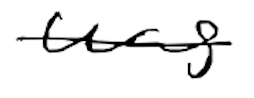
Text: was
Cross-out: single-line
Writing tool: digital_black